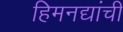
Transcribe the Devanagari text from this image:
हिमनद्यांची